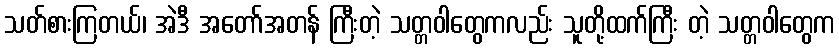
သတ်စားကြတယ်၊ အဲဒီ အတော်အတန် ကြီးတဲ့ သတ္တဝါတွေကလည်း သူတို့ထက်ကြီး တဲ့ သတ္တဝါတွေက